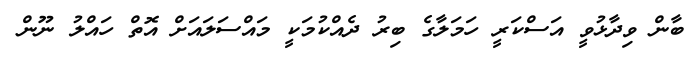
ބާން ވިދާޅުވީ އަސްކަރީ ހަމަލާގެ ބިރު ދެއްކުމަކީ މައްސަލައަށް އޮތް ހައްލު ނޫން